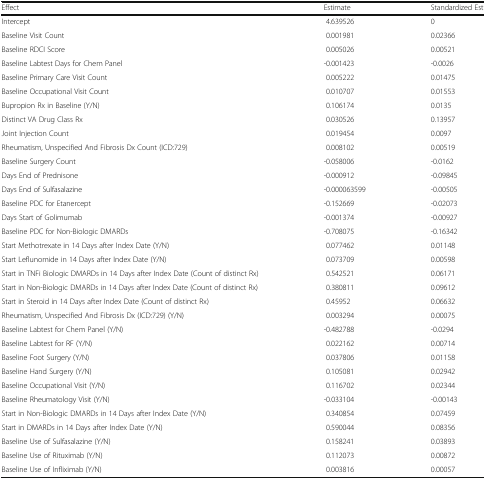
<table><thead><tr><td><b>Effect</b></td><td><b>Estimate</b></td><td><b>Standardized Est</b></td></tr></thead><tbody><tr><td>Intercept</td><td>4.639526</td><td>0</td></tr><tr><td>Baseline Visit Count</td><td>0.001981</td><td>0.02366</td></tr><tr><td>Baseline RDCI Score</td><td>0.005026</td><td>0.00521</td></tr><tr><td>Baseline Labtest Days for Chem Panel</td><td>-0.001423</td><td>-0.0026</td></tr><tr><td>Baseline Primary Care Visit Count</td><td>0.005222</td><td>0.01475</td></tr><tr><td>Baseline Occupational Visit Count</td><td>0.010707</td><td>0.01553</td></tr><tr><td>Bupropion Rx in Baseline (Y/N)</td><td>0.106174</td><td>0.0135</td></tr><tr><td>Distinct VA Drug Class Rx</td><td>0.030526</td><td>0.13957</td></tr><tr><td>Joint Injection Count</td><td>0.019454</td><td>0.0097</td></tr><tr><td>Rheumatism, Unspecified And Fibrosis Dx Count (ICD:729)</td><td>0.008102</td><td>0.00519</td></tr><tr><td>Baseline Surgery Count</td><td>-0.058006</td><td>-0.0162</td></tr><tr><td>Days End of Prednisone</td><td>-0.000912</td><td>-0.09845</td></tr><tr><td>Days End of Sulfasalazine</td><td>-0.000063599</td><td>-0.00505</td></tr><tr><td>Baseline PDC for Etanercept</td><td>-0.152669</td><td>-0.02073</td></tr><tr><td>Days Start of Golimumab</td><td>-0.001374</td><td>-0.00927</td></tr><tr><td>Baseline PDC for Non-Biologic DMARDs</td><td>-0.708075</td><td>-0.16342</td></tr><tr><td>Start Methotrexate in 14 Days after Index Date (Y/N)</td><td>0.077462</td><td>0.01148</td></tr><tr><td>Start Leflunomide in 14 Days after Index Date (Y/N)</td><td>0.073709</td><td>0.00598</td></tr><tr><td>Start in TNFi Biologic DMARDs in 14 Days after Index Date (Count of distinct Rx)</td><td>0.542521</td><td>0.06171</td></tr><tr><td>Start in Non-Biologic DMARDs in 14 Days after Index Date (Count of distinct Rx)</td><td>0.380811</td><td>0.09612</td></tr><tr><td>Start in Steroid in 14 Days after Index Date (Count of distinct Rx)</td><td>0.45952</td><td>0.06632</td></tr><tr><td>Rheumatism, Unspecified And Fibrosis Dx (ICD:729) (Y/N)</td><td>0.003294</td><td>0.00075</td></tr><tr><td>Baseline Labtest for Chem Panel (Y/N)</td><td>-0.482788</td><td>-0.0294</td></tr><tr><td>Baseline Labtest for RF (Y/N)</td><td>0.022162</td><td>0.00714</td></tr><tr><td>Baseline Foot Surgery (Y/N)</td><td>0.037806</td><td>0.01158</td></tr><tr><td>Baseline Hand Surgery (Y/N)</td><td>0.105081</td><td>0.02942</td></tr><tr><td>Baseline Occupational Visit (Y/N)</td><td>0.116702</td><td>0.02344</td></tr><tr><td>Baseline Rheumatology Visit (Y/N)</td><td>-0.033104</td><td>-0.00143</td></tr><tr><td>Start in Non-Biologic DMARDs in 14 Days after Index Date (Y/N)</td><td>0.340854</td><td>0.07459</td></tr><tr><td>Start in DMARDs in 14 Days after Index Date (Y/N)</td><td>0.590044</td><td>0.08356</td></tr><tr><td>Baseline Use of Sulfasalazine (Y/N)</td><td>0.158241</td><td>0.03893</td></tr><tr><td>Baseline Use of Rituximab (Y/N)</td><td>0.112073</td><td>0.00872</td></tr><tr><td>Baseline Use of Infliximab (Y/N)</td><td>0.003816</td><td>0.00057</td></tr></tbody></table>